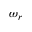
\omega _ { r }